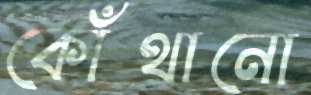
কোঁথানো